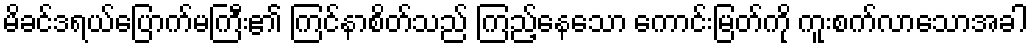
မိခင်ဒရယ်ပြောက်မကြီး၏ ကြင်နာစိတ်သည် ကြည့်နေသော ကောင်းမြတ်ကို ကူးစက်လာသောအခါ